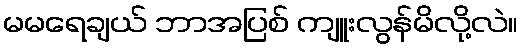
မမရေချယ် ဘာအပြစ် ကျူးလွန်မိလို့လဲ။